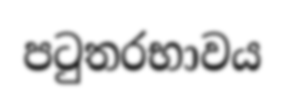
පටුතරභාවය